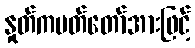
နှုတ်ကပတ်တော်အားဖြင့်